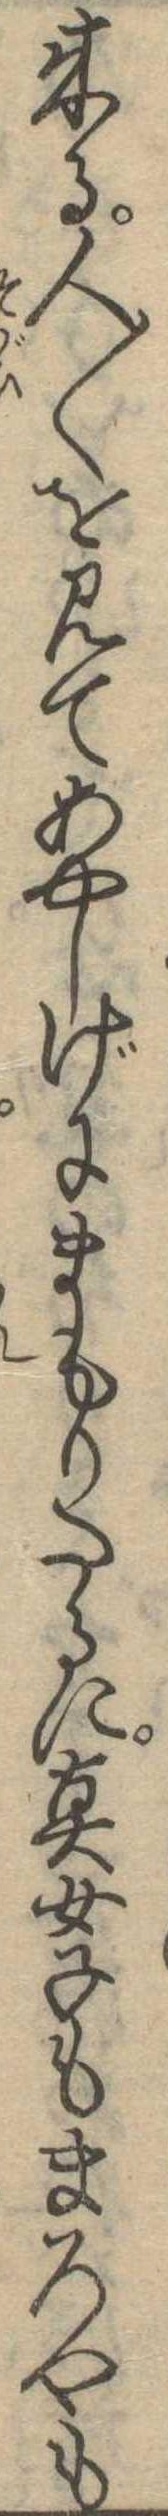
来る人〱を見てあやしげにまもりたるに真女子もまろやも